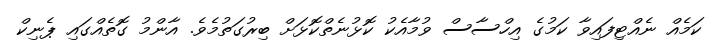
ކަމެއް ނެއްޓިފައިވާ ކަމުގެ އިހްސާސް ވުމާއެކު ކޮޅުނެތްކޮޅަށް ބިރުގަތުމެވެ. އާންމު ގޮތެއްގައި ޕެނިކް